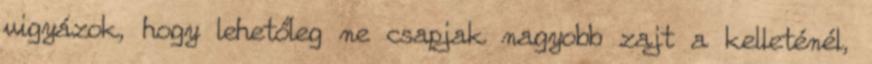
vigyázok, hogy lehetőleg ne csapjak nagyobb zajt a kelleténél,